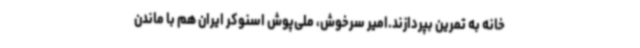
خانه به تمرین بپردازند.امیر سرخوش، ملی‌پوش اسنوکر ایران هم با ماندن